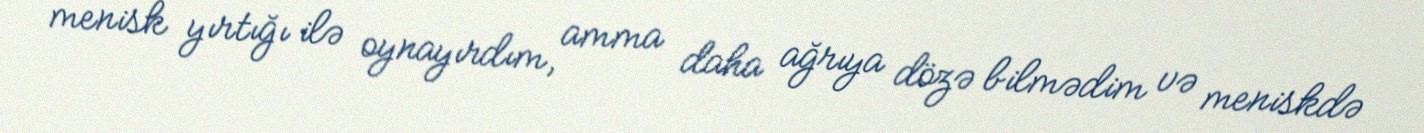
menisk yırtığı ilə oynayırdım, amma daha ağrıya dözə bilmədim və meniskdə